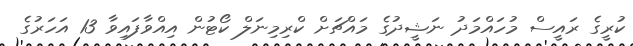
ކުރީގެ ރައީސް މުހައްމަދު ނަޝީދުގެ މައްޗަށް ކްރިމިނަލް ކޯޓުން އިއްވާފައިވާ 13 އަހަރުގެ